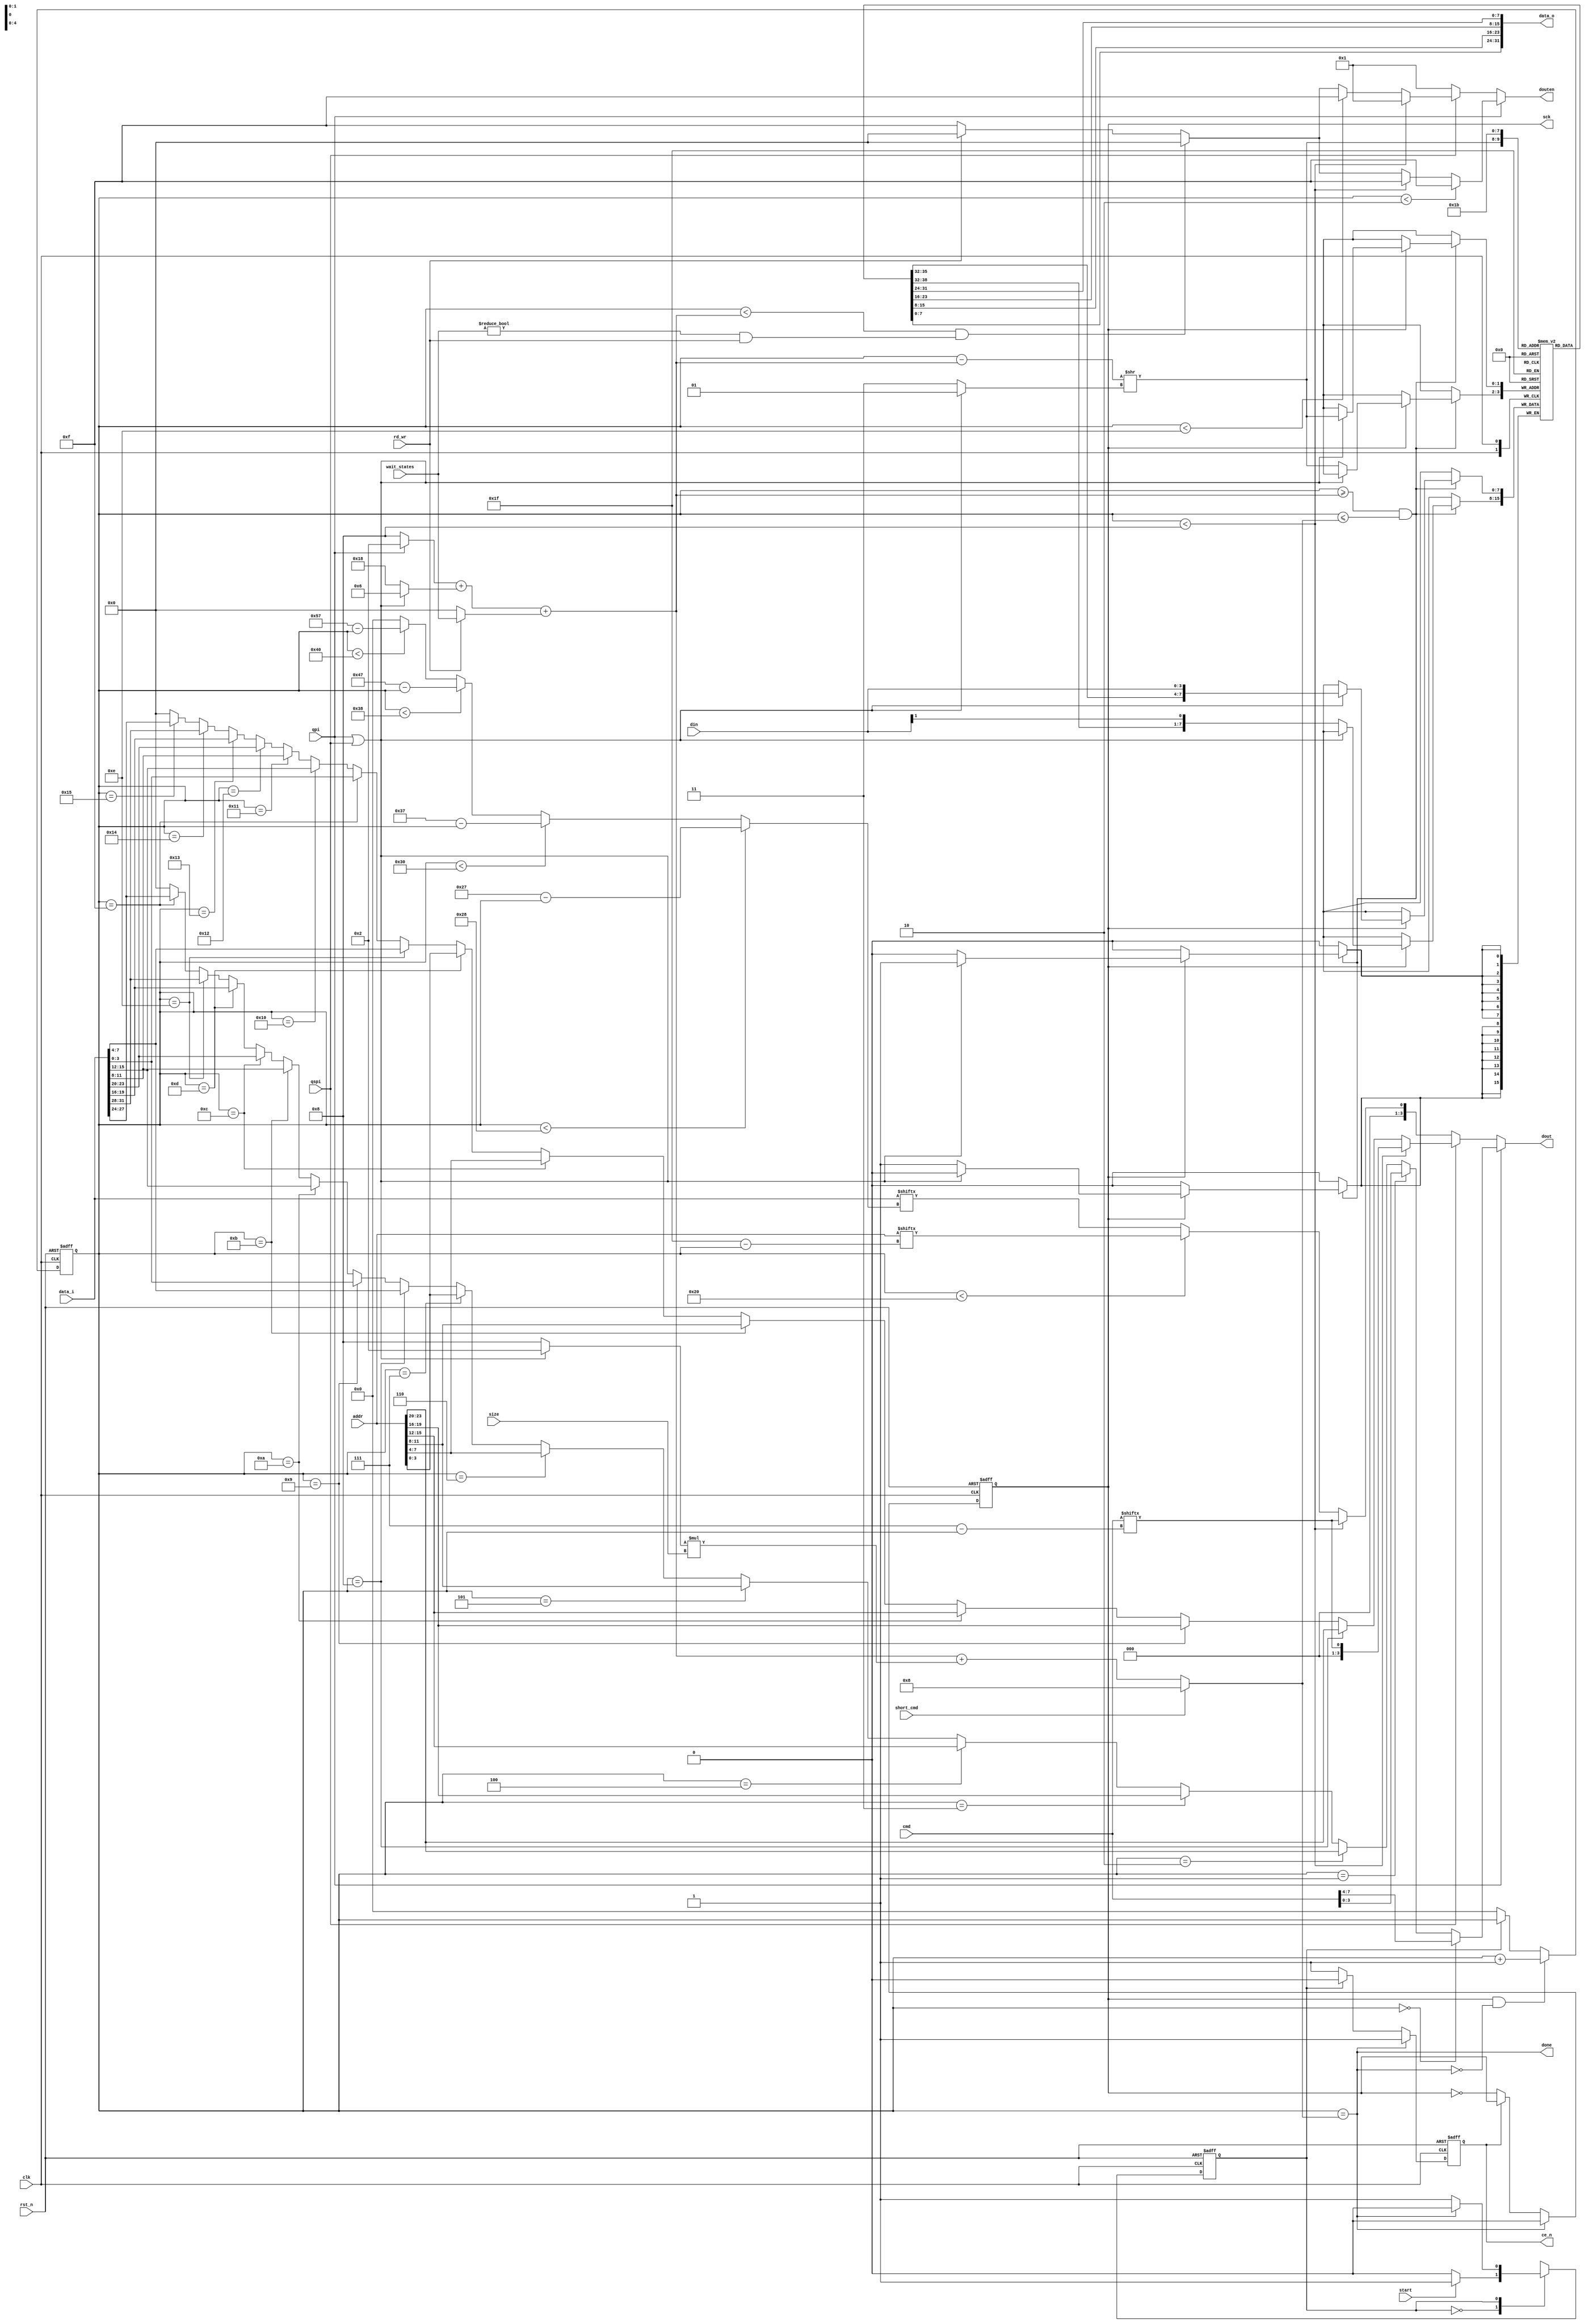
/*
	Copyright 2020 Efabless Corp.

	Author: Mohamed Shalan (mshalan@efabless.com)
	
	Licensed under the Apache License, Version 2.0 (the "License"); 
	you may not use this file except in compliance with the License. 
	You may obtain a copy of the License at:
	http://www.apache.org/licenses/LICENSE-2.0
	Unless required by applicable law or agreed to in writing, software 
	distributed under the License is distributed on an "AS IS" BASIS, 
	WITHOUT WARRANTIES OR CONDITIONS OF ANY KIND, either express or implied. 
	See the License for the specific language governing permissions and 
	limitations under the License.
*/
/*
    QSPI PSRAM Controller 

    Pseudostatic RAM (PSRAM) is DRAM combined with a self-refresh circuit. 
    It appears externally as slower SRAM, albeit with a density/cost advantage 
    over true SRAM, and without the access complexity of DRAM.

    The controller was designed after:
        - https://www.issi.com/WW/pdf/66-67WVS4M8ALL-BLL.pdf and
        - https://www.microchip.com/en-us/parametric-search/514
    utilizing SPI, QSPI and QPI modes
*/

`timescale              1ns/1ps
`default_nettype        none



module EF_PSRAM_CTRL_V2 (
    input   wire            clk,
    input   wire            rst_n,
    input   wire [23:0]     addr,
    input   wire [31: 0]    data_i,
    output  wire [31: 0]    data_o,
    input   wire [2:0]      size,
    input   wire            start,
    output  wire            done,
    input   wire  [3:0]     wait_states,
    input   wire  [7:0]     cmd,
    input   wire            rd_wr,
    input   wire            qspi,
    input   wire            qpi,
    input   wire            short_cmd,
    
    output  reg             sck,
    output  reg             ce_n,
    input   wire [3:0]      din,
    output  wire [3:0]      dout,
    output  wire [3:0]      douten
);
    localparam  IDLE = 1'b0, 
                BUSY = 1'b1;

    reg         state, nstate;
    reg [7:0]   counter;
    reg [23:0]  saddr;
    reg [7:0]   data [3:0]; 

    //wire[7:0]   CMD_38H = 8'h38;

    always @*
        case (state)
            IDLE: if(start) nstate = BUSY; else nstate = IDLE;
            BUSY: if(done) nstate = IDLE; else nstate = BUSY;
        endcase 

    always @ (posedge clk or negedge rst_n)
        if(!rst_n) state <= IDLE;
        else state <= nstate;

    // Drive the Serial Clock (sck) @ clk/2 
    always @ (posedge clk or negedge rst_n)
        if(!rst_n) 
            sck <= 1'b0;
        else if(done)//(state == IDLE) 
            sck <= 1'b0;
        else if(~ce_n) 
            sck <= ~ sck;
        

    // ce_n logic
    always @ (posedge clk or negedge rst_n)
        if(!rst_n) 
            ce_n <= 1'b1;
        else if(done)
            ce_n <= 1'b1;
        else if (state == BUSY) 
            ce_n <= 1'b0;
        else 
            ce_n <= 1'b1;

    // The transaction counter
    wire [7:0]  wait_start  = (~qpi ? 8 : 2)                    // The command 
                            + ((qpi | qspi) ? 6 : 24);          // The Address        
    wire [7:0]  data_start  = wait_start + (rd_wr ? wait_states : 0);
    wire [7:0]  data_count  = ((qpi | qspi) ? 2 : 8) * size;    
    wire [7:0]  final_count = short_cmd ? 8 : data_start + data_count;
    
    assign done     = (counter == final_count);

    always @ (posedge clk or negedge rst_n)
        if(!rst_n) 
            counter <= 8'b0;
        else if(sck & ~done) 
            counter <= counter + 1'b1;
        else if(state == IDLE) 
            counter <= 8'b0;

    // Data Out
    wire [3:0]      dout_spi;
    wire [3:0]      dout_qspi;
    wire [3:0]      dout_qpi;
    
    wire [7:0]      spi_bit_index = (counter < 40)  ?   39 - (counter)  :
                                    (counter < 48)  ?   55 - (counter)  :
                                    (counter < 56)  ?   71 - (counter)  :
                                    (counter < 64)  ?   87 - (counter)  :
                                    0;

    assign dout_spi =   (counter < 8)   ?   cmd[7 - counter]            :
                        (counter < 32)  ?   addr[31 - counter]          : 
                        data_i[spi_bit_index];
                        
                        
    assign dout_qspi=   (counter < 8)   ?   cmd[7 - counter]            :
                        (counter == 8)  ?   addr[23:20]                 : 
                        (counter == 9)  ?   addr[19:16]                 :
                        (counter == 10) ?   addr[15:12]                 :
                        (counter == 11) ?   addr[11:8]                  :
                        (counter == 12) ?   addr[7:4]                   :
                        (counter == 13) ?   addr[3:0]                   :
                        (counter == 14) ?   data_i[7:4]                 :
                        (counter == 15) ?   data_i[3:0]                 :
                        (counter == 16) ?   data_i[15:12]               :
                        (counter == 17) ?   data_i[11:8]                :
                        (counter == 18) ?   data_i[23:20]               :
                        (counter == 19) ?   data_i[19:16]               :
                        (counter == 20) ?   data_i[31:28]               :                   
                        (counter == 21) ?   data_i[27:24]                 :
                        4'b0000;

    assign dout_qpi =   (counter == 0)  ?   cmd[7:4]                    :
                        (counter == 1)  ?   cmd[3:0]                    :
                        (counter == 2)  ?   addr[23:20]                 : 
                        (counter == 3)  ?   addr[19:16]                 :
                        (counter == 4)  ?   addr[15:12]                 :
                        (counter == 5)  ?   addr[11:8]                  :
                        (counter == 6)  ?   addr[7:4]                   :
                        (counter == 7)  ?   addr[3:0]                   :
                        (counter == 8)  ?   data_i[7:4]                 :
                        (counter == 9)  ?   data_i[3:0]                 :
                        (counter == 10) ?   data_i[15:12]               :
                        (counter == 11) ?   data_i[11:8]                :
                        (counter == 12) ?   data_i[23:20]               :
                        (counter == 13) ?   data_i[19:16]               :
                        (counter == 14) ?   data_i[31:28]               :                   
                        (counter == 15) ?   data_i[27:24]                 :
                        4'b0000;
    
    assign  dout    =   qpi     ?   dout_qpi    :
                        qspi    ?   dout_qspi   :
                        dout_spi;
         
    // Data In
    wire [7:0]  byte_index = (counter - data_start) >> ((qpi | qspi) ? 1 : 3);
    always @ (posedge clk)
        if(counter >= data_start && counter <= final_count)
            if(sck) 
                if(qpi | qspi) 
                    data[byte_index] <= {data[byte_index][3:0], din}; 
                else
                    data[byte_index] <= {data[byte_index][6:0], din[1]};  
    assign data_o = {data[3], data[2], data[1], data[0]};

    // Out Enable
    wire [3:0]  douten_qpi;
    wire [3:0]  douten_qspi;
    wire [3:0]  douten_spi;
    wire        has_wait_states = (wait_states != 0) & rd_wr;
    assign douten_spi   =   4'b0001;
    assign douten_qspi  =   (counter < 8)                               ?   4'b0001 :
                            (counter < 14)                              ?   4'b1111 :
                            ((counter < data_start) & has_wait_states)  ?   4'b0000 :
                            (rd_wr)                                     ?   4'b0000 :
                            4'b1111;
    assign douten_qpi   =   (counter < 2)                               ?   4'b1111 :
                            (counter < 8)                               ?   4'b1111 :
                            ((counter < data_start) & has_wait_states)  ?   4'b0000 :
                            (rd_wr)                                     ?   4'b0000 :
                            4'b1111;
                            
    assign  douten      =   qpi     ?   douten_qpi    :
                            qspi    ?   douten_qspi   :
                            douten_spi;

endmodule